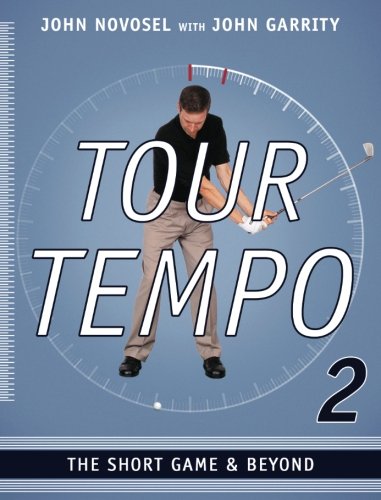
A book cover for Tour Tempo 2: The Short Game & Beyond; John Novosel; Sports & Outdoors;